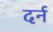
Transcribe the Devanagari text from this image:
दर्न